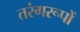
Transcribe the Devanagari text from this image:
तरंगरूपों